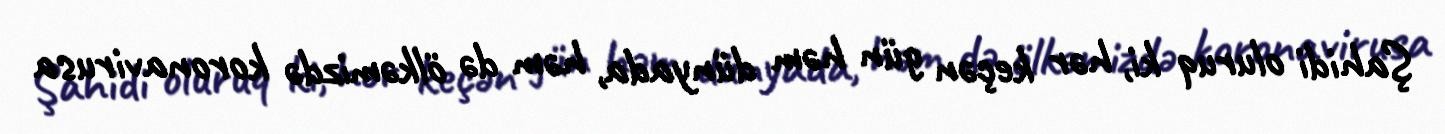
Şahidi oluruq ki, hər keçən gün həm dünyada, həm də ölkəmizdə koronavirusa